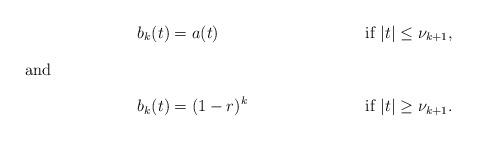
LaTeX: \begin{align*}b_k(t)&=a(t)&&\textup{ if }|t|\leq \nu_{k+1},\intertext{and}b_k(t)&=(1-r)^k&&\textup{ if }|t|\geq\nu_{k+1}.\end{align*}